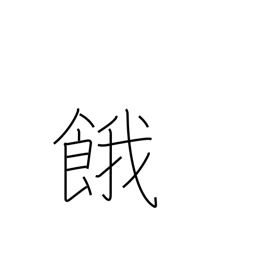
Meaning: thirst